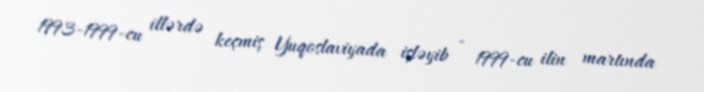
1993-1999-cu illərdə keçmiş Yuqoslaviyada işləyib - 1999-cu ilin martında